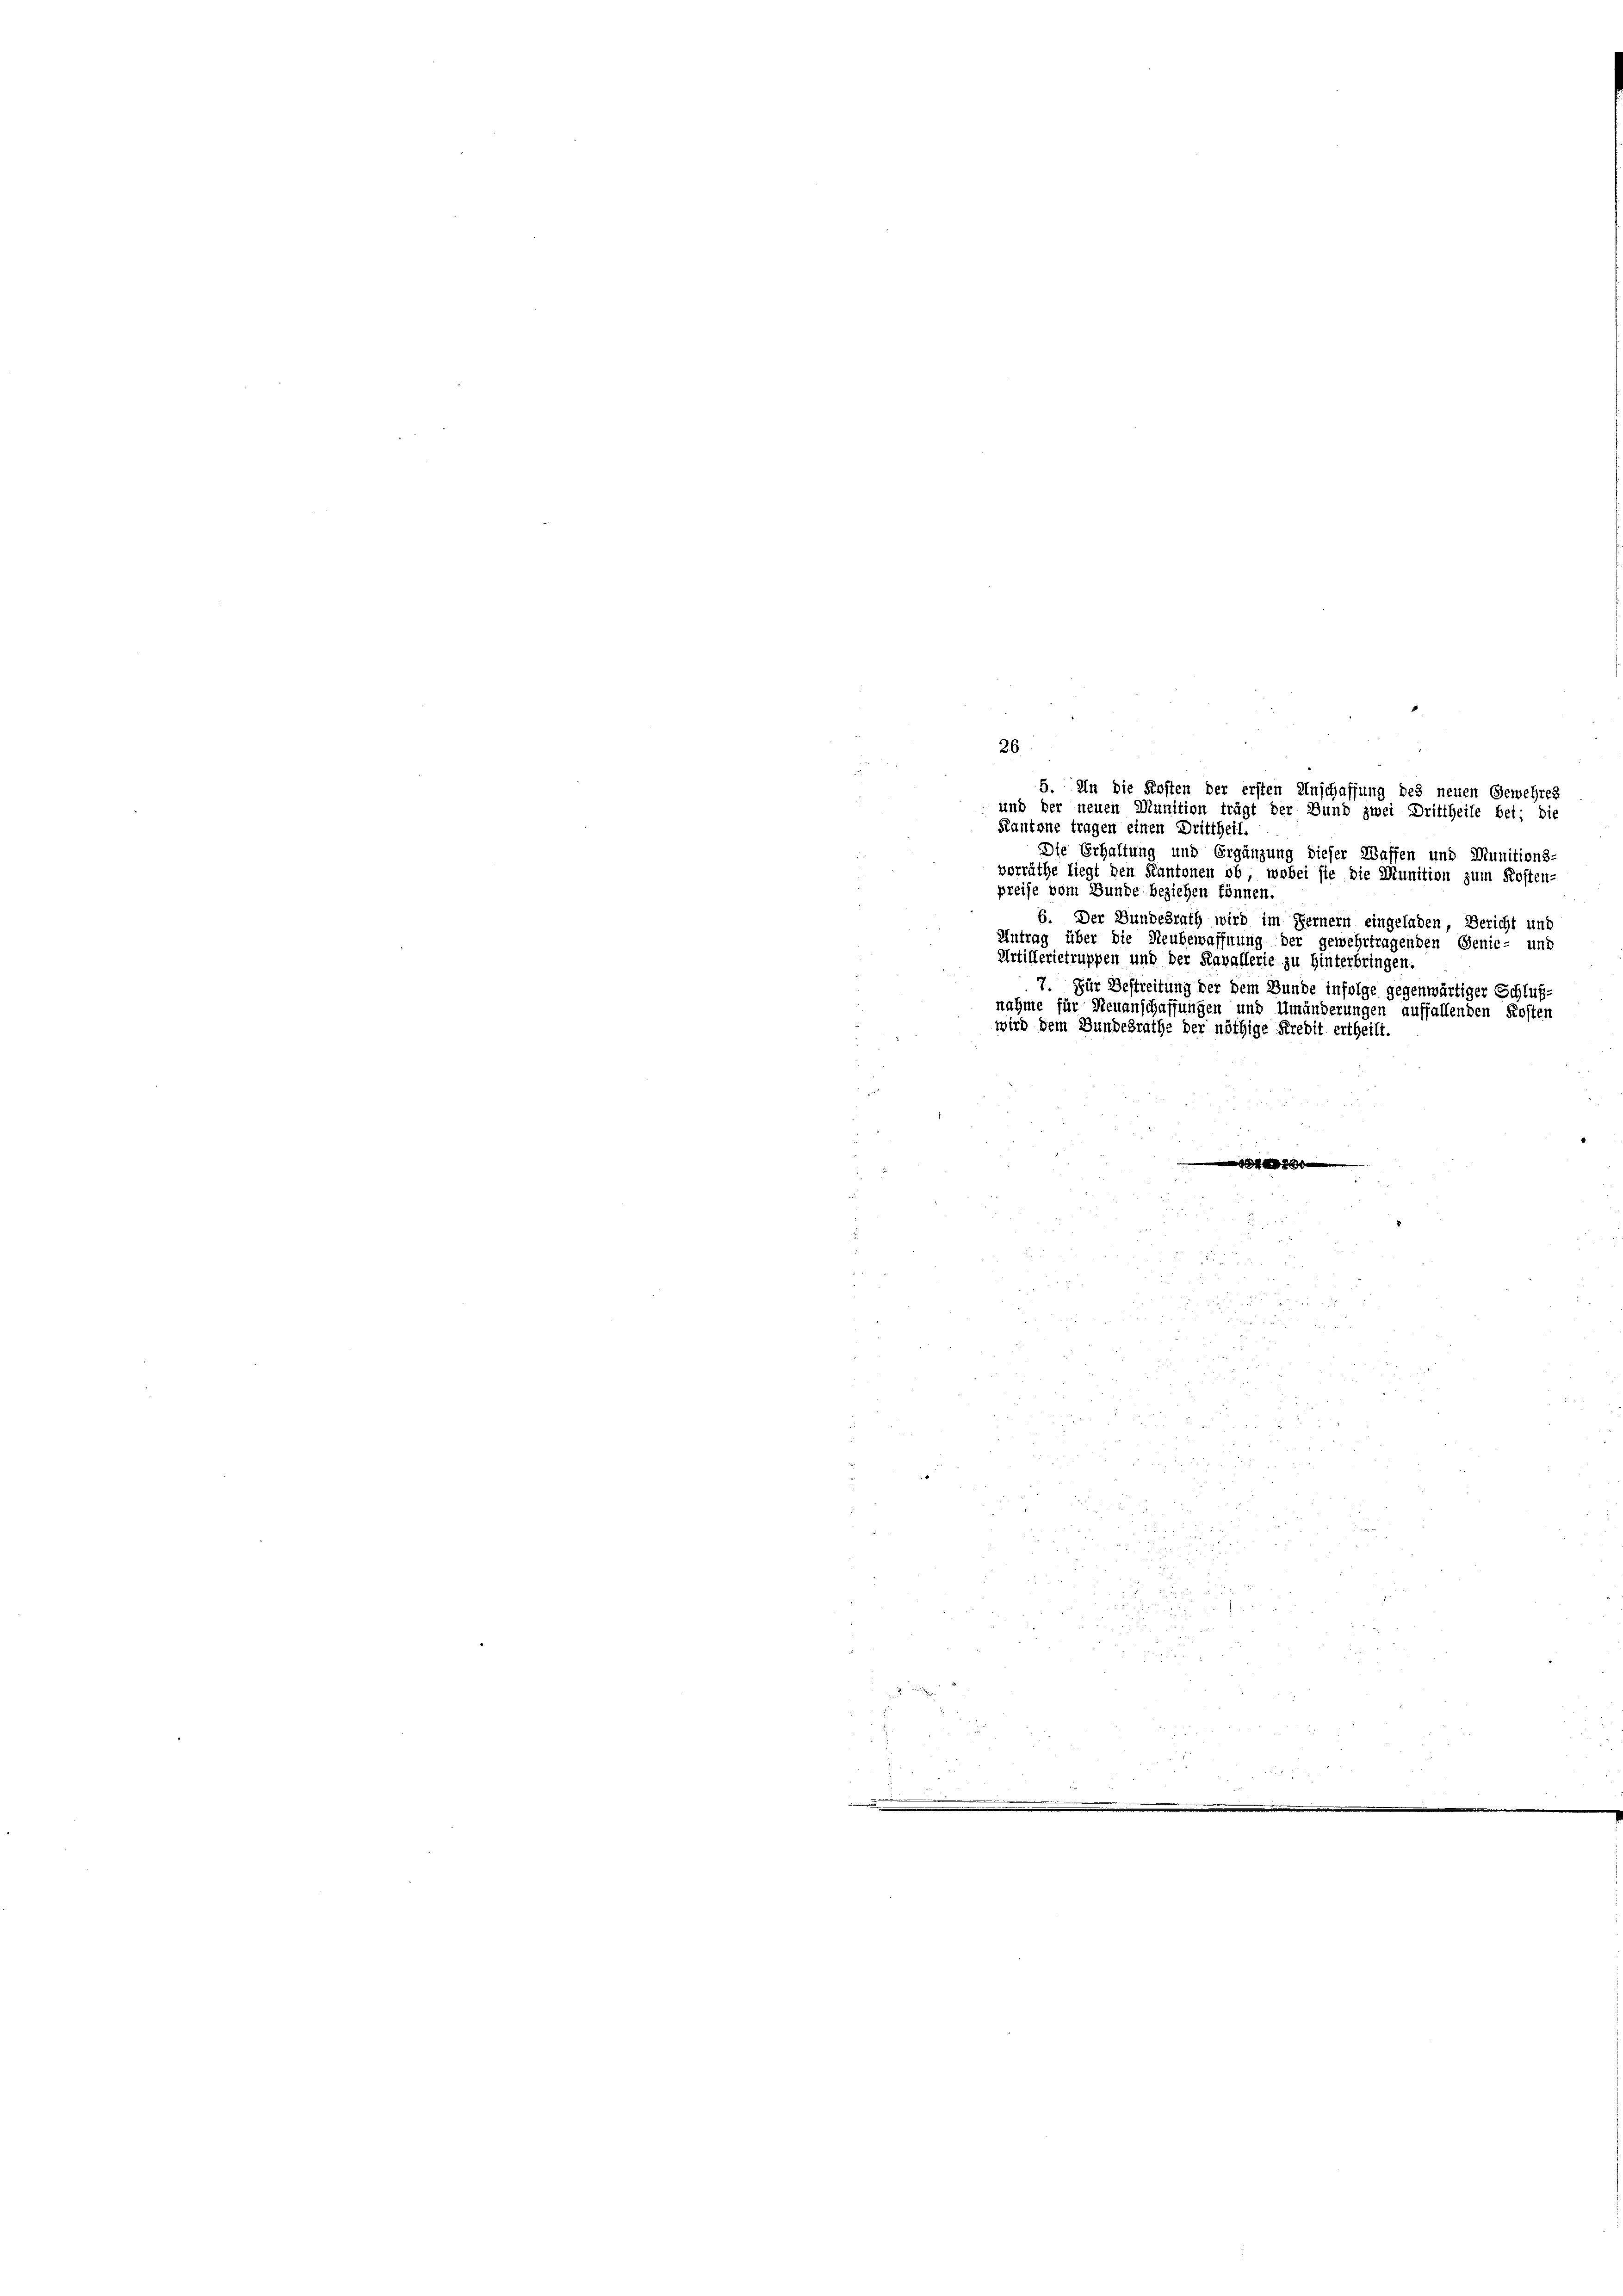
26.
.
5. In die Kosten der ersten Anschaffung des neuen Gewehres
und der neuen Munition trägt der Bund zwei Drittheile bei; die
Kantone tragen einen Drittheil.
Die Erhaltung und Ergänzung dieser Waffen und Munitions-
vorräthe liegt den Kantonen ob, wobei sie die Munition zum Kosten-
preise vom Bunde beziehen können.
6. Der Bundesrath wird im Fernern eingeladen, Bericht und
Antrag über die Neubewaffnung der gewehrtragenden Genie- und
Artillerietruppen und der Kavallerie zu Hinterbringen.
7. Für Bestreitung der dem Bunde infolge gegenwärtiger Schluß-
nahme für Neuanschaffungen und Umänderungen auffallenden Kosten
wird dem Bundesrathe der nöthige Kredit ertheilt.
Sche

da
5

s
d
252.
f 5 x

5
.

 52 x